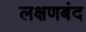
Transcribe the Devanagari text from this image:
लक्षणबंद